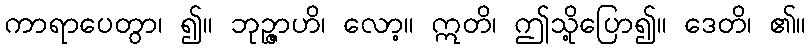
ကာရာပေတွာ၊ ၍။ ဘုဉ္ဇာဟိ၊ လော့။ ဣတိ၊ ဤသို့ပြော၍။ ဒေတိ၊ ၏။